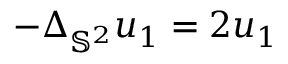
- \Delta _ { \mathbb { S } ^ { 2 } } u _ { 1 } = 2 u _ { 1 }